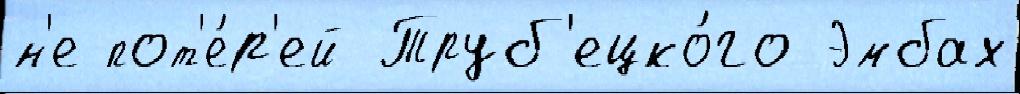
н'е пот'е́р'ей Труб'ецко́го Эмбах